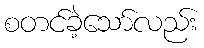
စတင်ခဲ့သော်လည်း